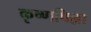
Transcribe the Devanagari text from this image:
कृष्णपिल्ला